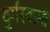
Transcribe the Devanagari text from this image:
दुर्गस्वामी